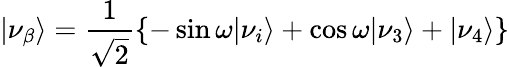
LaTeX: \vert\nu_{\beta}\rangle={\frac{1}{\sqrt{2}}}{\left\{ -\sin\omega\vert\nu_{i}\rangle+\cos\omega\vert\nu_{3}\rangle+\vert\nu_{4}\rangle\right\} }